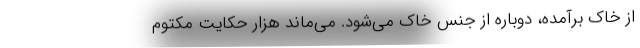
از خاك برآمده، دوباره از جنس خاك مي‌شود. مي‌ماند هزار حكايت مكتوم